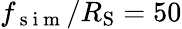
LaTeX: f_{\mathrm{~s~i~m~}}/R_{\mathrm{S}}=50